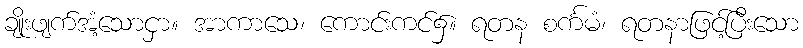
ချိုးဖျက်အံ့သောငှာ။ အာကာသေ၊ ကောင်းကင်၌။ ရတန စင်္ကမံ၊ ရတနာဖြင့်ပြီးသော